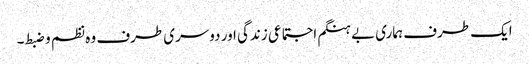
ایک طرف ہماری بے ہنگم اجتماعی زندگی اور دوسری طرف وہ نظم و ضبط۔